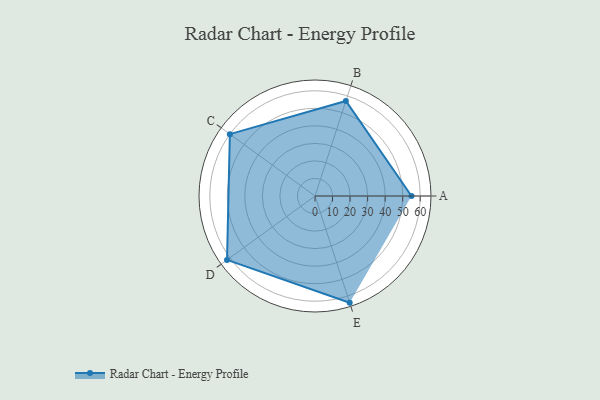
{"axis": {"x": "Skill", "y": "Score"}, "legend": ["Profile"], "data": [{"x": "A", "y": 55.0, "type": "Profile"}, {"x": "B", "y": 57.0, "type": "Profile"}, {"x": "C", "y": 60.0, "type": "Profile"}, {"x": "D", "y": 62.0, "type": "Profile"}, {"x": "E", "y": 64.0, "type": "Profile"}]}